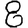
Digit: 8